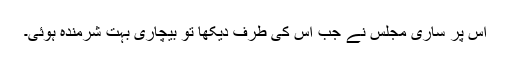
اس پر ساری مجلس نے جب اس کی طرف دیکھا تو بیچاری بہت شرمندہ ہوئی۔